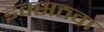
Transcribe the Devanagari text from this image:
इक्सठवां